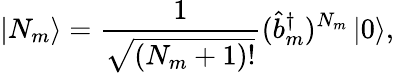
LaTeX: \left|N_{m}\right>=\frac{1}{\sqrt{\left(N_{m}+1\right)!}}(\hat{b}_{m}^{\dagger})^{N_{m}}\left|0\right>,